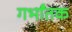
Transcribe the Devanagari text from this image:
गर्भांतक